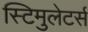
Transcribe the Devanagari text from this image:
स्टिमुलेटर्स